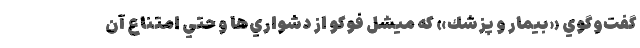
گفت‌وگوي «بيمار و پزشك» كه ميشل فوكو از دشواري‌ها و حتي امتناع آن